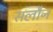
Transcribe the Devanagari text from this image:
सलौन